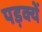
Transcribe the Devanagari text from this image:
पड़क्यें